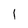
Character: l